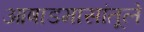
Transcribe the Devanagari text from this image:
आषाडमासांतूले